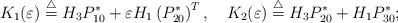
LaTeX: \begin{align*} K_{1}(\varepsilon)\overset{\triangle}{=}H_{3}P_{10}^{*}+\mathcal{\varepsilon}H_{1}\left(P_{20}^{*}\right)^{T},\ \ \ K_{2}(\varepsilon)\overset{\triangle}{=}H_{3} P_{20}^{*}+H_{1}P_{30}^{*};\end{align*}